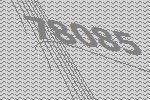
78085